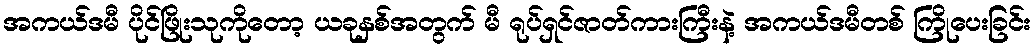
အကယ်ဒမီ ပိုင်ဖြိုးသုကိုတော့ ယခုနှစ်အတွက် မီ ရုပ်ရှင်ဇာတ်ကားကြီးနဲ့ အကယ်ဒမီတစ် ကြိုပေးခြင်း